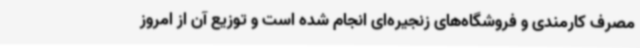
مصرف کارمندی و فروشگاه‌های زنجیره‌ای انجام شده است و توزیع آن از امروز